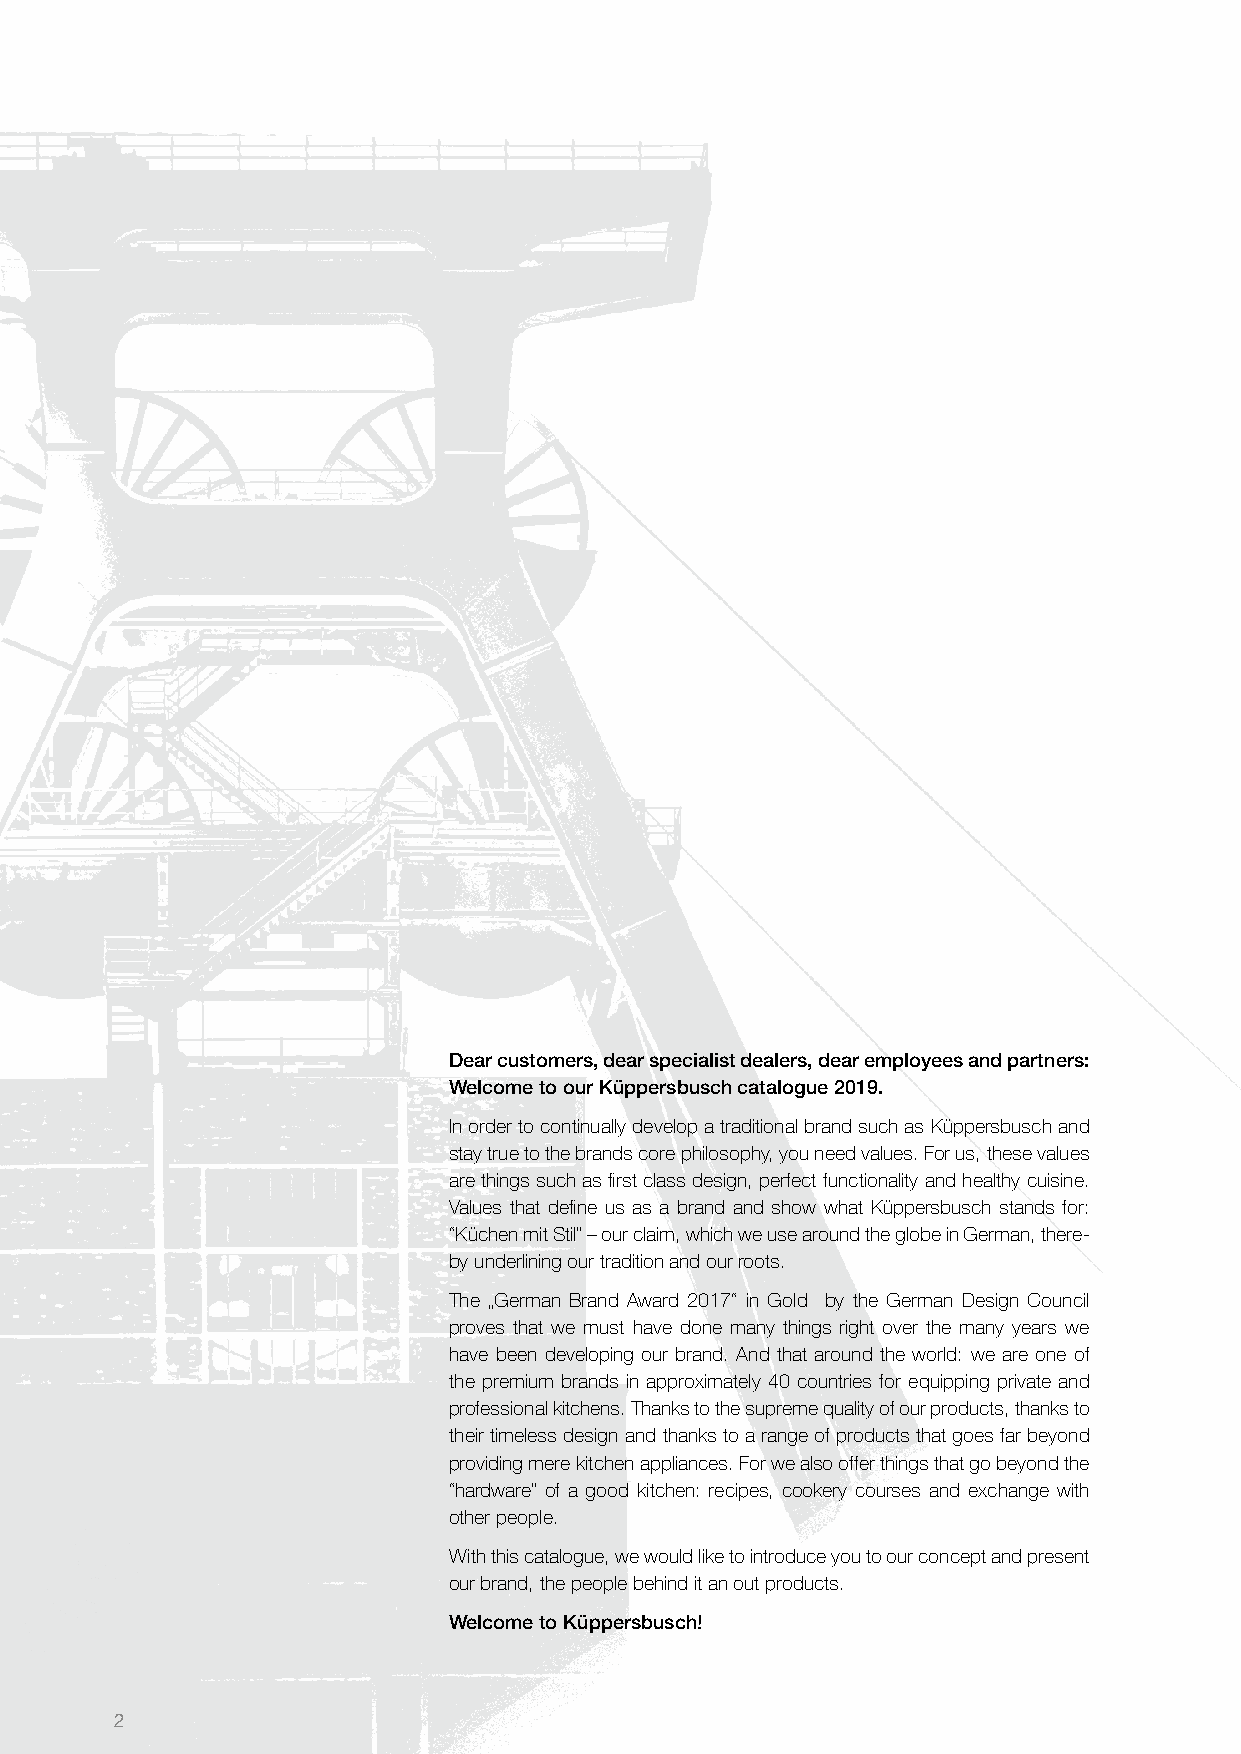
Dear customers, dear specialist dealers, dear employees and partners:
 Welcome to our Küppersbusch catalogue 2019.
 In order to continually develop a traditional brand such as Küppersbusch and
 stay true to the brands core philosophy, you need values. For us, these values
 are things such as fi rst class design, perfect functionality and healthy cuisine.
 Values that defi ne us as a brand and show what Küppersbusch stands for:
 “Küchen mit Stil” – our claim, which we use around the globe in German, there-
 by underlining our tradition and our roots.
 The „German Brand Award 2017“ in Gold by the German Design Council
 proves that we must have done many things right over the many years we
 have been developing our brand. And that around the world: we are one of
 the premium brands in approximately 40 countries for equipping private and
 professional kitchens. Thanks to the supreme quality of our products, thanks to
 their timeless design and thanks to a range of products that goes far beyond
 providing mere kitchen appliances. For we also offer things that go beyond the
 “hardware” of a good kitchen: recipes, cookery courses and exchange with
 other people.
 With this catalogue, we would like to introduce you to our concept and present
 our brand, the people behind it an out products.
 Welcome to Küppersbusch!
 2